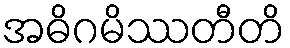
အဓိဂမိဿတီတိ